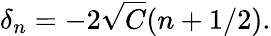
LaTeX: \delta_{n}=-2\sqrt{C}(n+1/2).